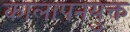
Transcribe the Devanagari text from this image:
कालापनयुक्त